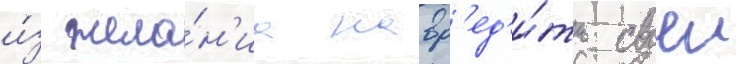
и́з жела́н'иа навр'ед'и́ть своеи